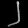
Digit: ၂